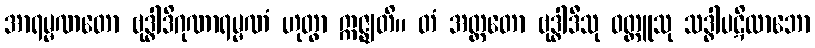
အာရမ္မဏတော ဗုဒ္ဓါဒိဂုဏာရမ္မဏံ ဟုတွာ ဣဇ္ဈတိ။ တံ အတ္ထတော ဗုဒ္ဓါဒီသု ဝတ္ထူသု သဒ္ဓါပဋိလာဘော